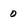
Character: 0